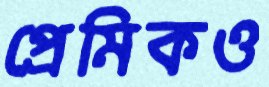
প্রেমিকও